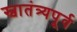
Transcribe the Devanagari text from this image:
स्वातंत्र्यपूूर्व